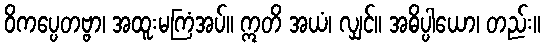
ဝိကပ္ပေတဗ္ဗာ၊ အထူးမကြံအပ်။ ဣတိ အယံ၊ လျှင်။ အဓိပ္ပါယော၊ တည်း။